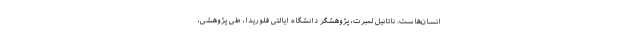
انسان‌هاست. ناتانیل لمبرت، پژوهشگر دانشگاه ایالتی فلوریدا، طی پژوهشی،